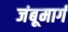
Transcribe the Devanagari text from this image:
जंबूमार्ग